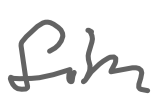
Text: film
Cross-out: clean
Writing tool: digital_gray